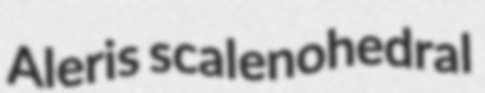
Aleris scalenohedral